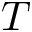
T